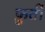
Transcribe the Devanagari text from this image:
फ़ुर्ती